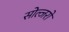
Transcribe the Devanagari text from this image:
सोल्जरों